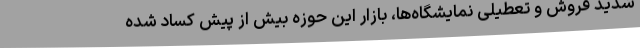
شدید فروش‌ و تعطیلی نمایشگاه‌ها، بازار این حوزه بیش از پیش کساد شده